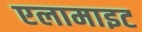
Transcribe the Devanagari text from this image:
एलामाइट